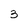
Character: 3